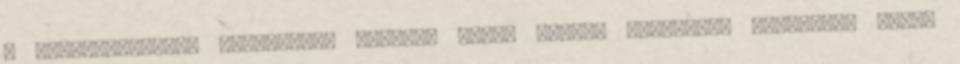
a megkönnyebbült kiválasztó szervek újult erővel láthatnak munkához, ennek